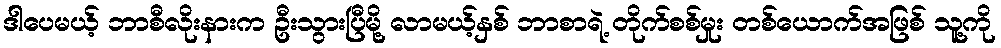
ဒါပေမယ့် ဘာစီလိုးနားက ဦးသွားပြီမို့ လာမယ့်နှစ် ဘာစာရဲ့ တိုက်စစ်မှုး တစ်ယောက်အဖြစ် သူ့ကို